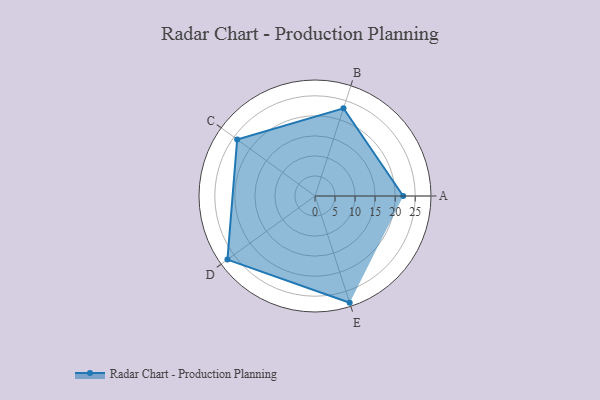
{"axis": {"x": "Skill", "y": "Score"}, "legend": ["Profile"], "data": [{"x": "A", "y": 22.0, "type": "Profile"}, {"x": "B", "y": 23.0, "type": "Profile"}, {"x": "C", "y": 24.0, "type": "Profile"}, {"x": "D", "y": 27.0, "type": "Profile"}, {"x": "E", "y": 28.0, "type": "Profile"}]}